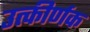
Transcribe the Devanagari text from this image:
उत्कीर्णक